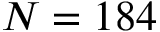
N = 1 8 4